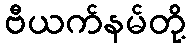
ဗီယက်နမ်တို့